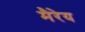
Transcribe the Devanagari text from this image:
मैरेय